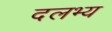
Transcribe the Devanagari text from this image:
दलभ्य